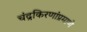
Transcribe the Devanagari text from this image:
चंद्रकिरणांप्रमाणे